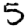
Digit: 5